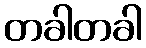
တခါတခါ